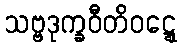
သဗ္ဗဒုက္ခဝီတိဝဋ္ဋေ